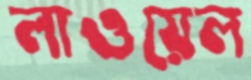
লাওয়েল